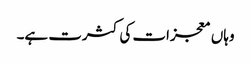
وہاں معجزات کی کثرت ہے۔